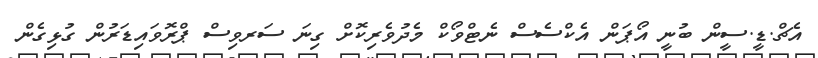
އެޗް.ޑީ.ސީން ބުނީ އޯޕަން އެކްސެސް ނެޓްވޯކް މެދުވެރިކޮށް ގިނަ ސަރވިސް ޕްރޮވައިޑަރުން ގުޅިގެން